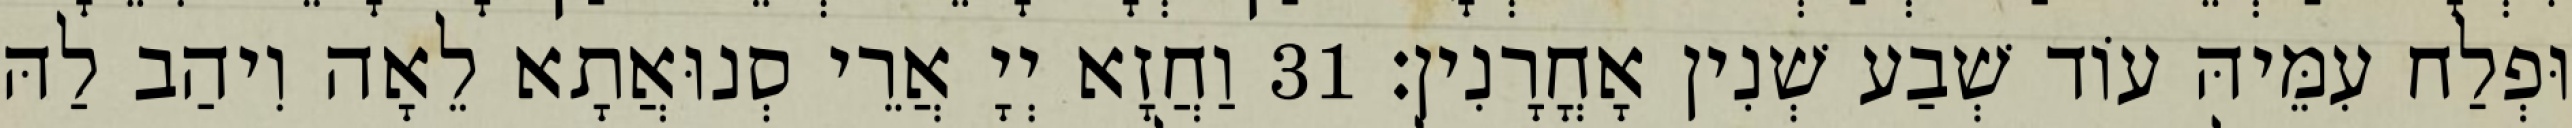
וּפְלַח עִמֵּיהּ עוֹד שְׁבַע שְׁנִין אָחֳרָנִין׃ 31 וַחֲזָא יְיָ אֲרֵי סְנוּאֲתָא לֵאָה וִיהַב לַהּ